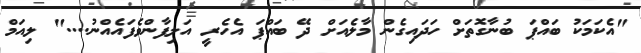
"އެކަމަކު ބައްޕަ ބުނާގޮތަށް ހަދައިގެން މާލެއަށް ދޭ ބައްޕަ އެހެރީ އަލިފާންވެފައެއްނު...." ލިއަމް